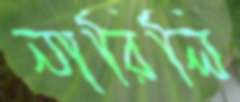
নারিলি